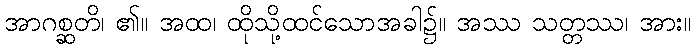
အာဂစ္ဆတိ၊ ၏။ အထ၊ ထိုသို့ထင်သောအခါ၌။ အဿ သတ္တဿ၊ အား။